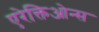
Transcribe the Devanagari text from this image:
एरेक्तिओन्स